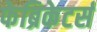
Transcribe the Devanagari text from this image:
फेब्रिकेटर्स